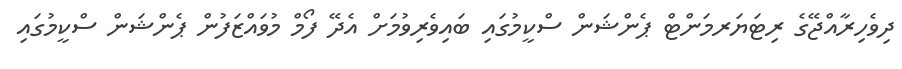
ދިވެހިރާއްޖޭގެ ރިޓަޔަރމަންޓް ޕެންޝަން ސްކީމުގައި ބައިވެރިވުމަށް އެދޭ ފޯމް މުވައްޒަފުން ޕެންޝަން ސްކީމުގައި